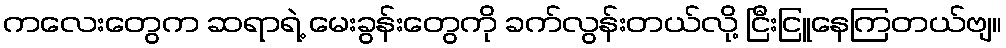
ကလေးတွေက ဆရာရဲ့ မေးခွန်းတွေကို ခက်လွန်းတယ်လို့ ငြီးငြူနေကြတယ်ဗျ။